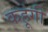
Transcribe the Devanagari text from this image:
कहूंगी